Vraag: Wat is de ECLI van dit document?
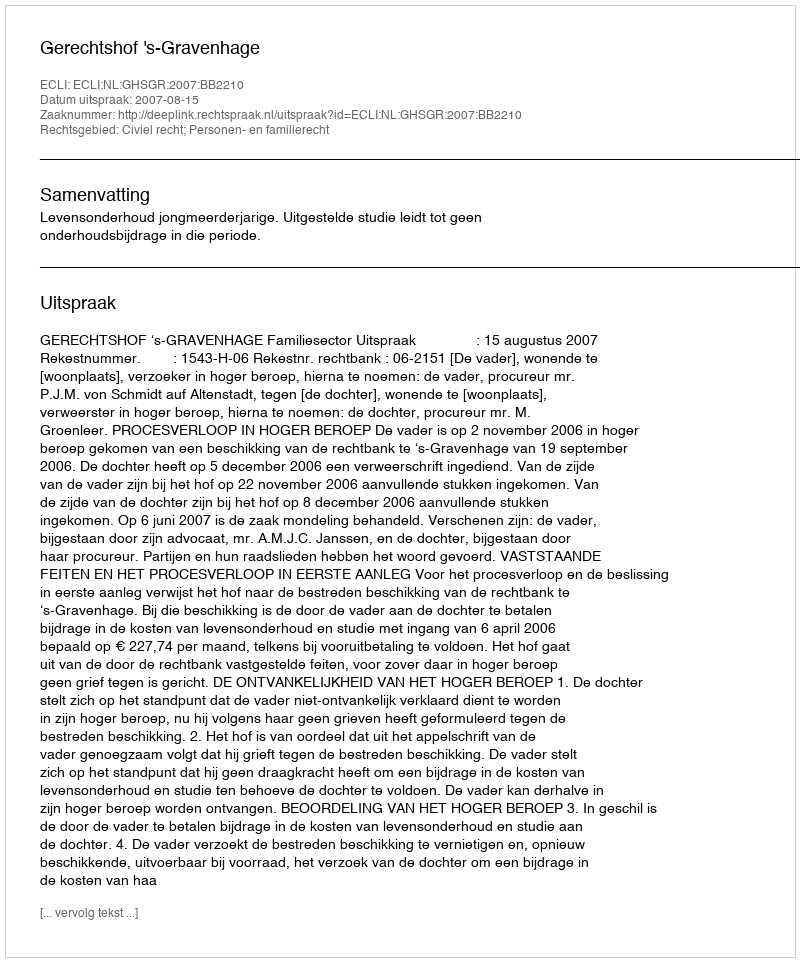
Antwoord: ECLI:NL:GHSGR:2007:BB2210